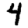
Digit: 4